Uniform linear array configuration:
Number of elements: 32
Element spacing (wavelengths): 0.25
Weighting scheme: hamming
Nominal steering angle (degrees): -15
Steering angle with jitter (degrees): -16.49
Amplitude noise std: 0.05
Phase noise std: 0.05

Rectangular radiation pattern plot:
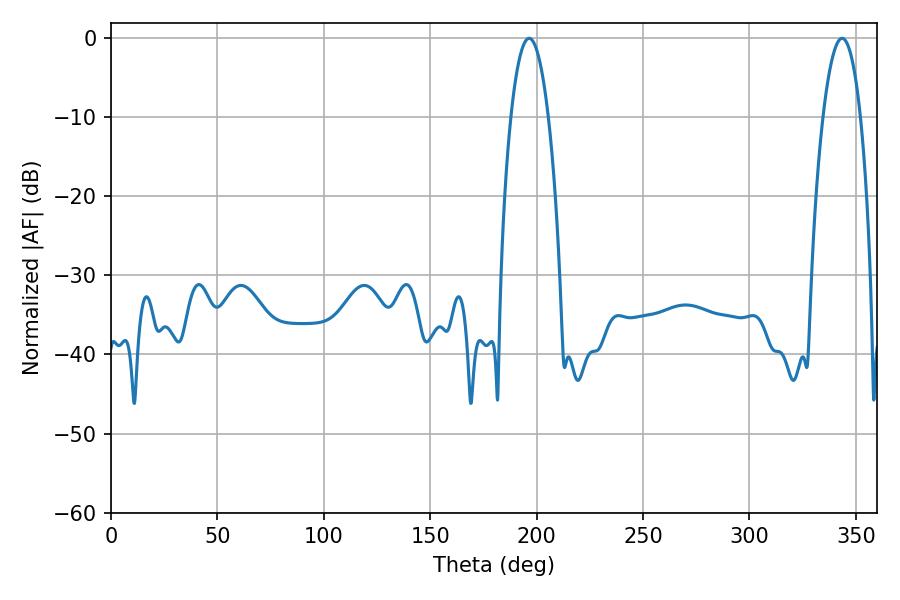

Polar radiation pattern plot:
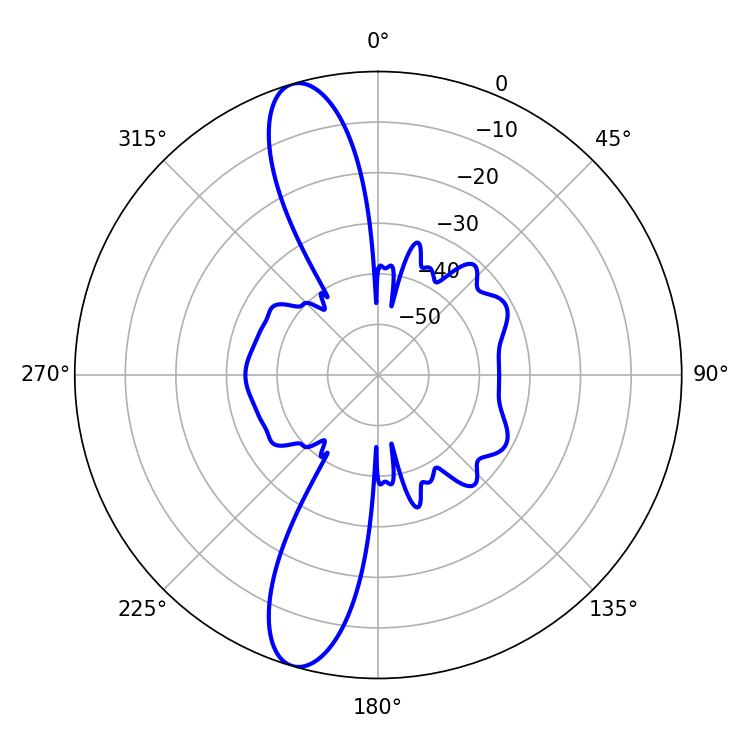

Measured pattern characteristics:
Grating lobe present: FALSE
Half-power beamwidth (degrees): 9.72
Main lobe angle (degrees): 196.38